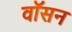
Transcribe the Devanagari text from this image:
वॉसन